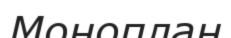
Моноплан